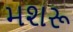
મશરૂ